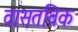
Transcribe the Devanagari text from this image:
वासतविक